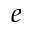
e